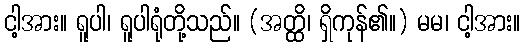
ငါ့အား။ ရူပါ၊ ရူပါရုံတို့သည်။ (အတ္ထိ၊ ရှိကုန်၏။) မမ၊ ငါ့အား။